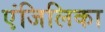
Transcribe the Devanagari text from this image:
एंजिलिका